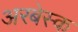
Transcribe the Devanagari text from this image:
अरबेस्क